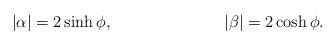
LaTeX: \begin{align*} |\alpha| &= 2\sinh \phi, & |\beta| &= 2\cosh \phi.\end{align*}